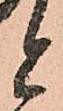
と